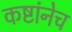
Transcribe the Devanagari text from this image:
कष्टांनेच